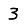
Digit: 3